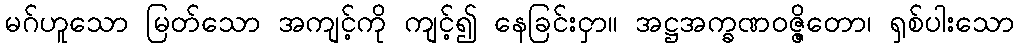
မဂ်ဟူသော မြတ်သော အကျင့်ကို ကျင့်၍ နေခြင်းငှာ။ အဋ္ဌအက္ခဏဝဇ္ဇိတော၊ ရှစ်ပါးသော